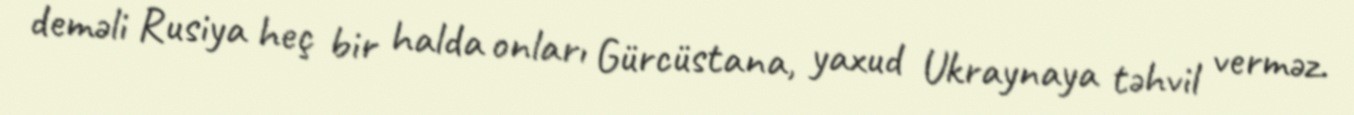
deməli Rusiya heç bir halda onları Gürcüstana, yaxud Ukraynaya təhvil verməz.